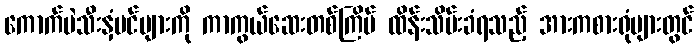
ကောက်ပဲသီးနှံပင်များကို ကာကွယ်ဆေးတစ်ကြိမ် ထိန်းသိမ်းခံရသည့် အားကစားရုံများတွင်